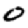
Digit: 0